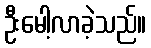
ဦးမေါ့လာခဲ့သည်။